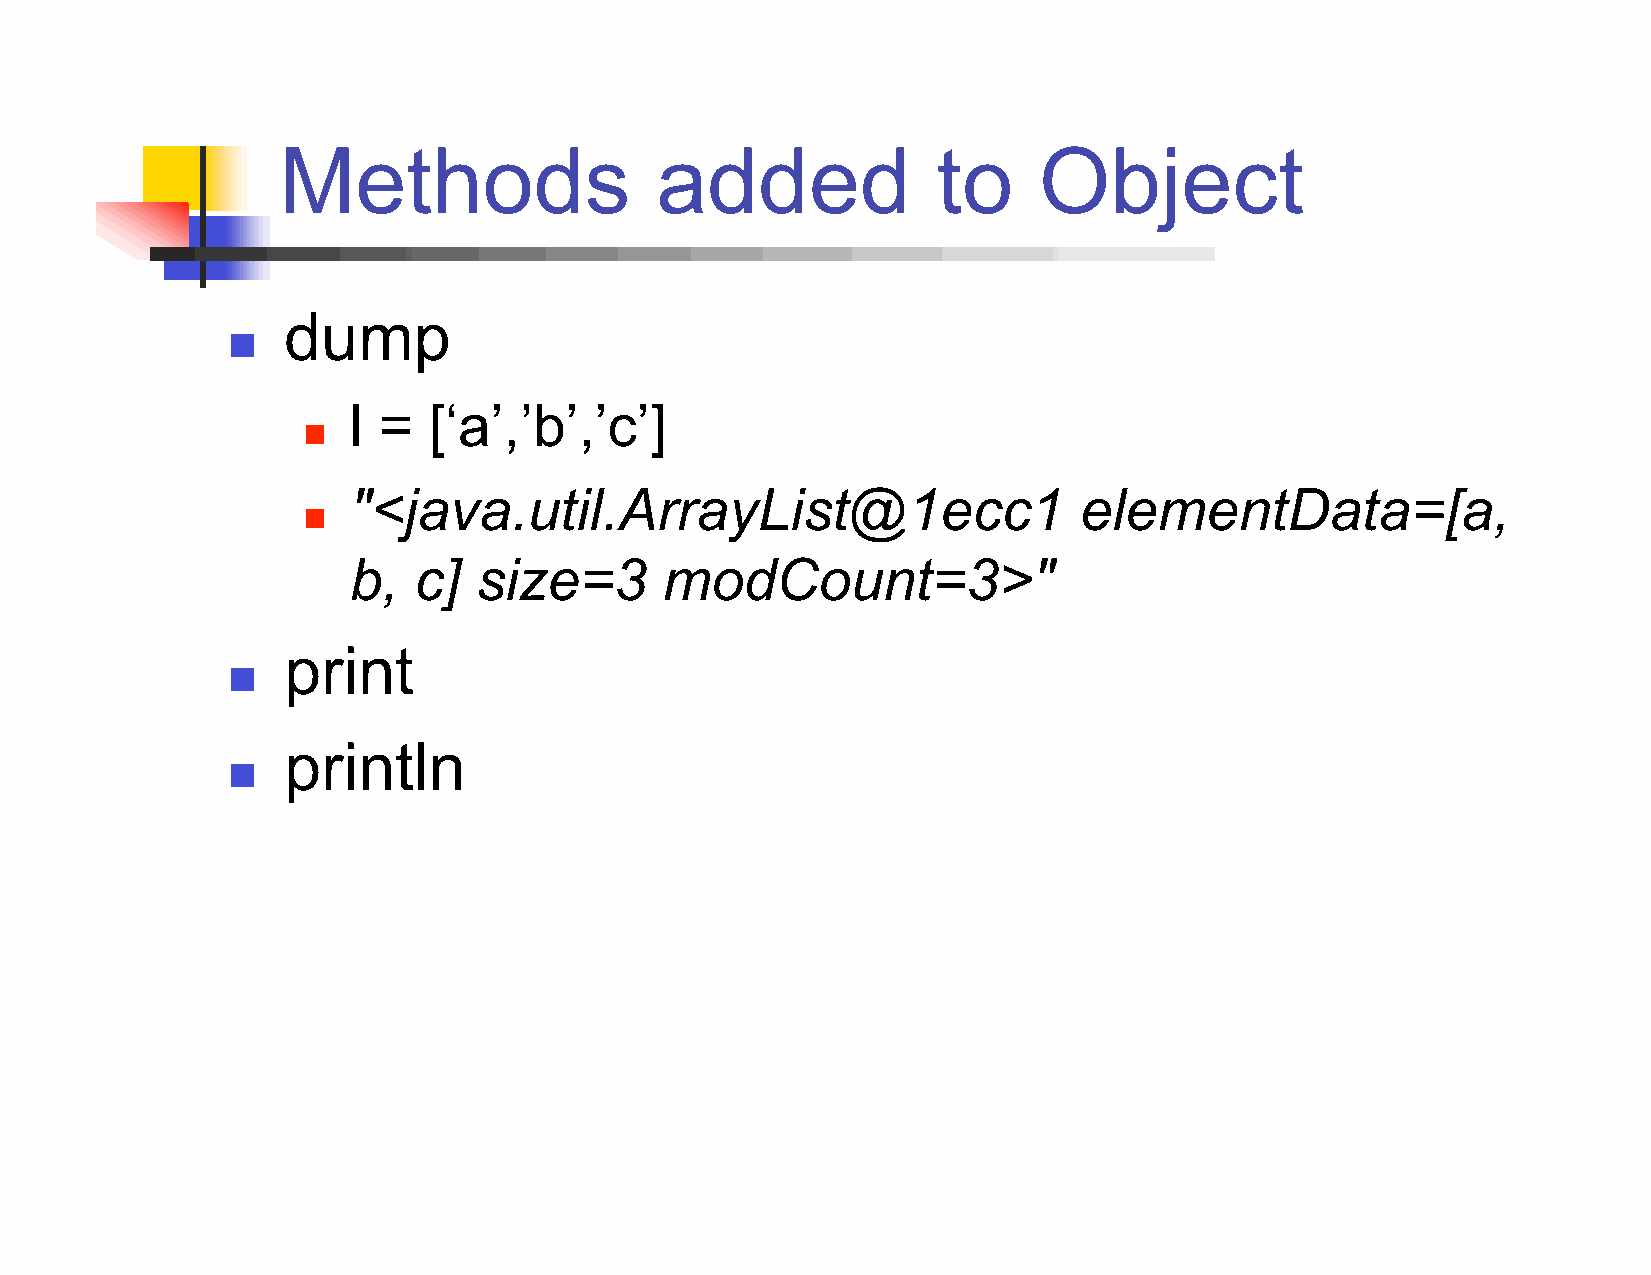
Methods                  added              to     Object
 dump
 
 l =  [‘a’,’b’,’c’]
 
 "<java.util.ArrayList@1ecc1                     elementData=[a,
 
 b,  c]   size=3      modCount=3>"
 print
 
 println
 